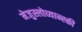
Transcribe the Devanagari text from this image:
मेजुस्लोव्यान्स्की